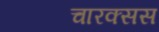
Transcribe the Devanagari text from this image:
चारक्सस